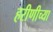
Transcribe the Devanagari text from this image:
हरीणीच्या